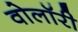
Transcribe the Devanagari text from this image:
वोलॉरी